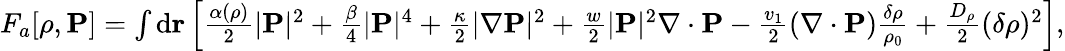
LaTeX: \begin{array}{r}{F_{a}[\rho,{\mathbf P}]=\int\mathrm{d}{\mathbf r}\left[\frac{\alpha(\rho)}{2}|{\mathbf P}|^{2}+\frac{\beta}{4}|{\mathbf P}|^{4}+\frac{\kappa}{2}|\nabla{\mathbf P}|^{2}+\frac{w}{2}|{\mathbf P}|^{2}\nabla\cdot{\mathbf P}-\frac{v_{1}}{2}(\nabla\cdot{\mathbf P})\frac{\delta\rho}{\rho_{0}}+\frac{D_{\rho}}{2}({\delta\rho})^{2}\right],}\end{array}